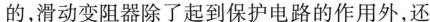
的，滑动变阻器除了起到保护电路的作用外，还